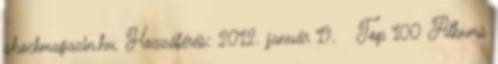
shockmagazin.hu. Hozzáférés: 2012. január 19. ↑ Top 100 Albums